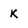
Character: K